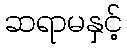
ဆရာမနှင့်